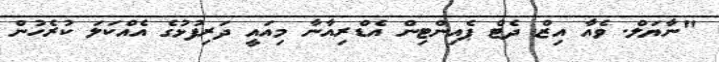
"ނާޔަލް. ވެއާ އިޒް ދެޓް ޕެއިންޓިން އެޑްރިއާނާ މިއައީ ދަރިފުޅުގެ އެއްކަލަ ކުރެހުން